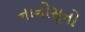
નાનોસૂનો